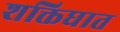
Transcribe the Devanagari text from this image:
शक्तिघात